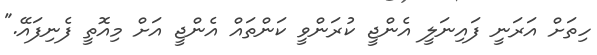
ހިތަށް އަރަނީ ފައިނަލީ އެންޖީ ކުރަންވީ ކަންތައް އެންޖީ އަށް މިއޮތީ ފެނިފައޭ."